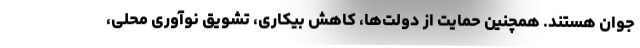
جوان هستند. همچنین حمایت از دولت‌ها، کاهش بیکاری، تشویق نوآوری محلی،